Senior Leaving Certificate Examination (including Day School Certificate (Higher) General paper), 1946
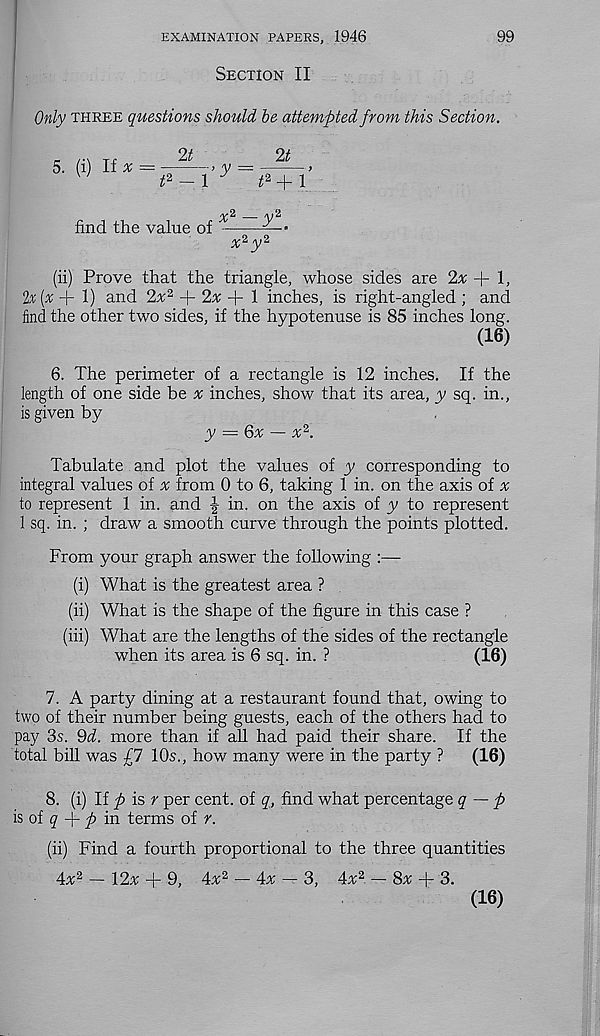
EXAMINATION PAPERS, 1946
Section II
99
Only three questions should be attempted from this Section.
5. (i) If # = —y
W
P-\ y
2t
t* + l’
find the value of
r
x 2 3/ 2
(ii) Prove that the triangle, whose sides are 2# + 1,
h (x + 1) and 2^2 + 2^+1 inches, is right-angled ; and
find the other two sides, if the hypotenuse is 85 inches long.
(16)
6. The perimeter of a rectangle is 12 inches. If the
length of one side be x inches, show that its area, y sq. in.,
is given by
y = 6x — x 2 .
Tabulate and plot the values of y corresponding to
integral values of # from 0 to 6, taking 1 in. on the axis of ^
to represent 1 in. and -I in. on the axis of y to represent
1 sq. in. ; draw a smooth curve through the points plotted.
From your graph answer the following :—
(i) What is the greatest area ?
(ii) What is the shape of the figure in this case ?
(iii) What are the lengths of the sides of the rectangle
when its area is 6 sq. in. ?
(16)
7. A party dining at a restaurant found that, owing to
two of their number being guests, each of the others had to
pay 3s. 9d. more than if all had paid their share. If the
total bill was £7 10s., how many were in the party ?
(16)
8. (i) If p is r per cent, of q, find what percentage q — p
is oi q f- p m. terms of r.
(ii) Find a fourth proportional to the three quantities
Ax 2 — 12% + 9, 4% 2 — 4% —- 3, 4% 2 — 8% + 3.
(16)